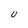
Character: U